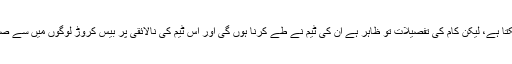
پختہ عزم کی حد تک تو عمران خان پر اعتما د کیا جا سکتا ہے، لیکن کام کی تفصیلات تو ظاہر ہے ان کی ٹیم نے طے کرنا ہوں گی اور اس ٹیم کی نالائقی پر بیس کروڑ لوگوں میں سے صرف انہی کو شک ہو گا جو خود حکومت میں بیٹھے ہیں۔